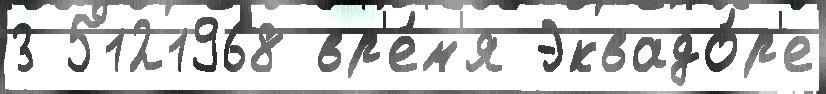
3 5121968 вр'е́м'я Эквадо́р'е